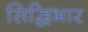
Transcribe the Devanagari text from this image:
सिद्धिभार